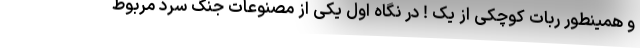
و همینطور ربات کوچکی از یک ! در نگاه اول یکی از مصنوعات جنگ سرد مربوط